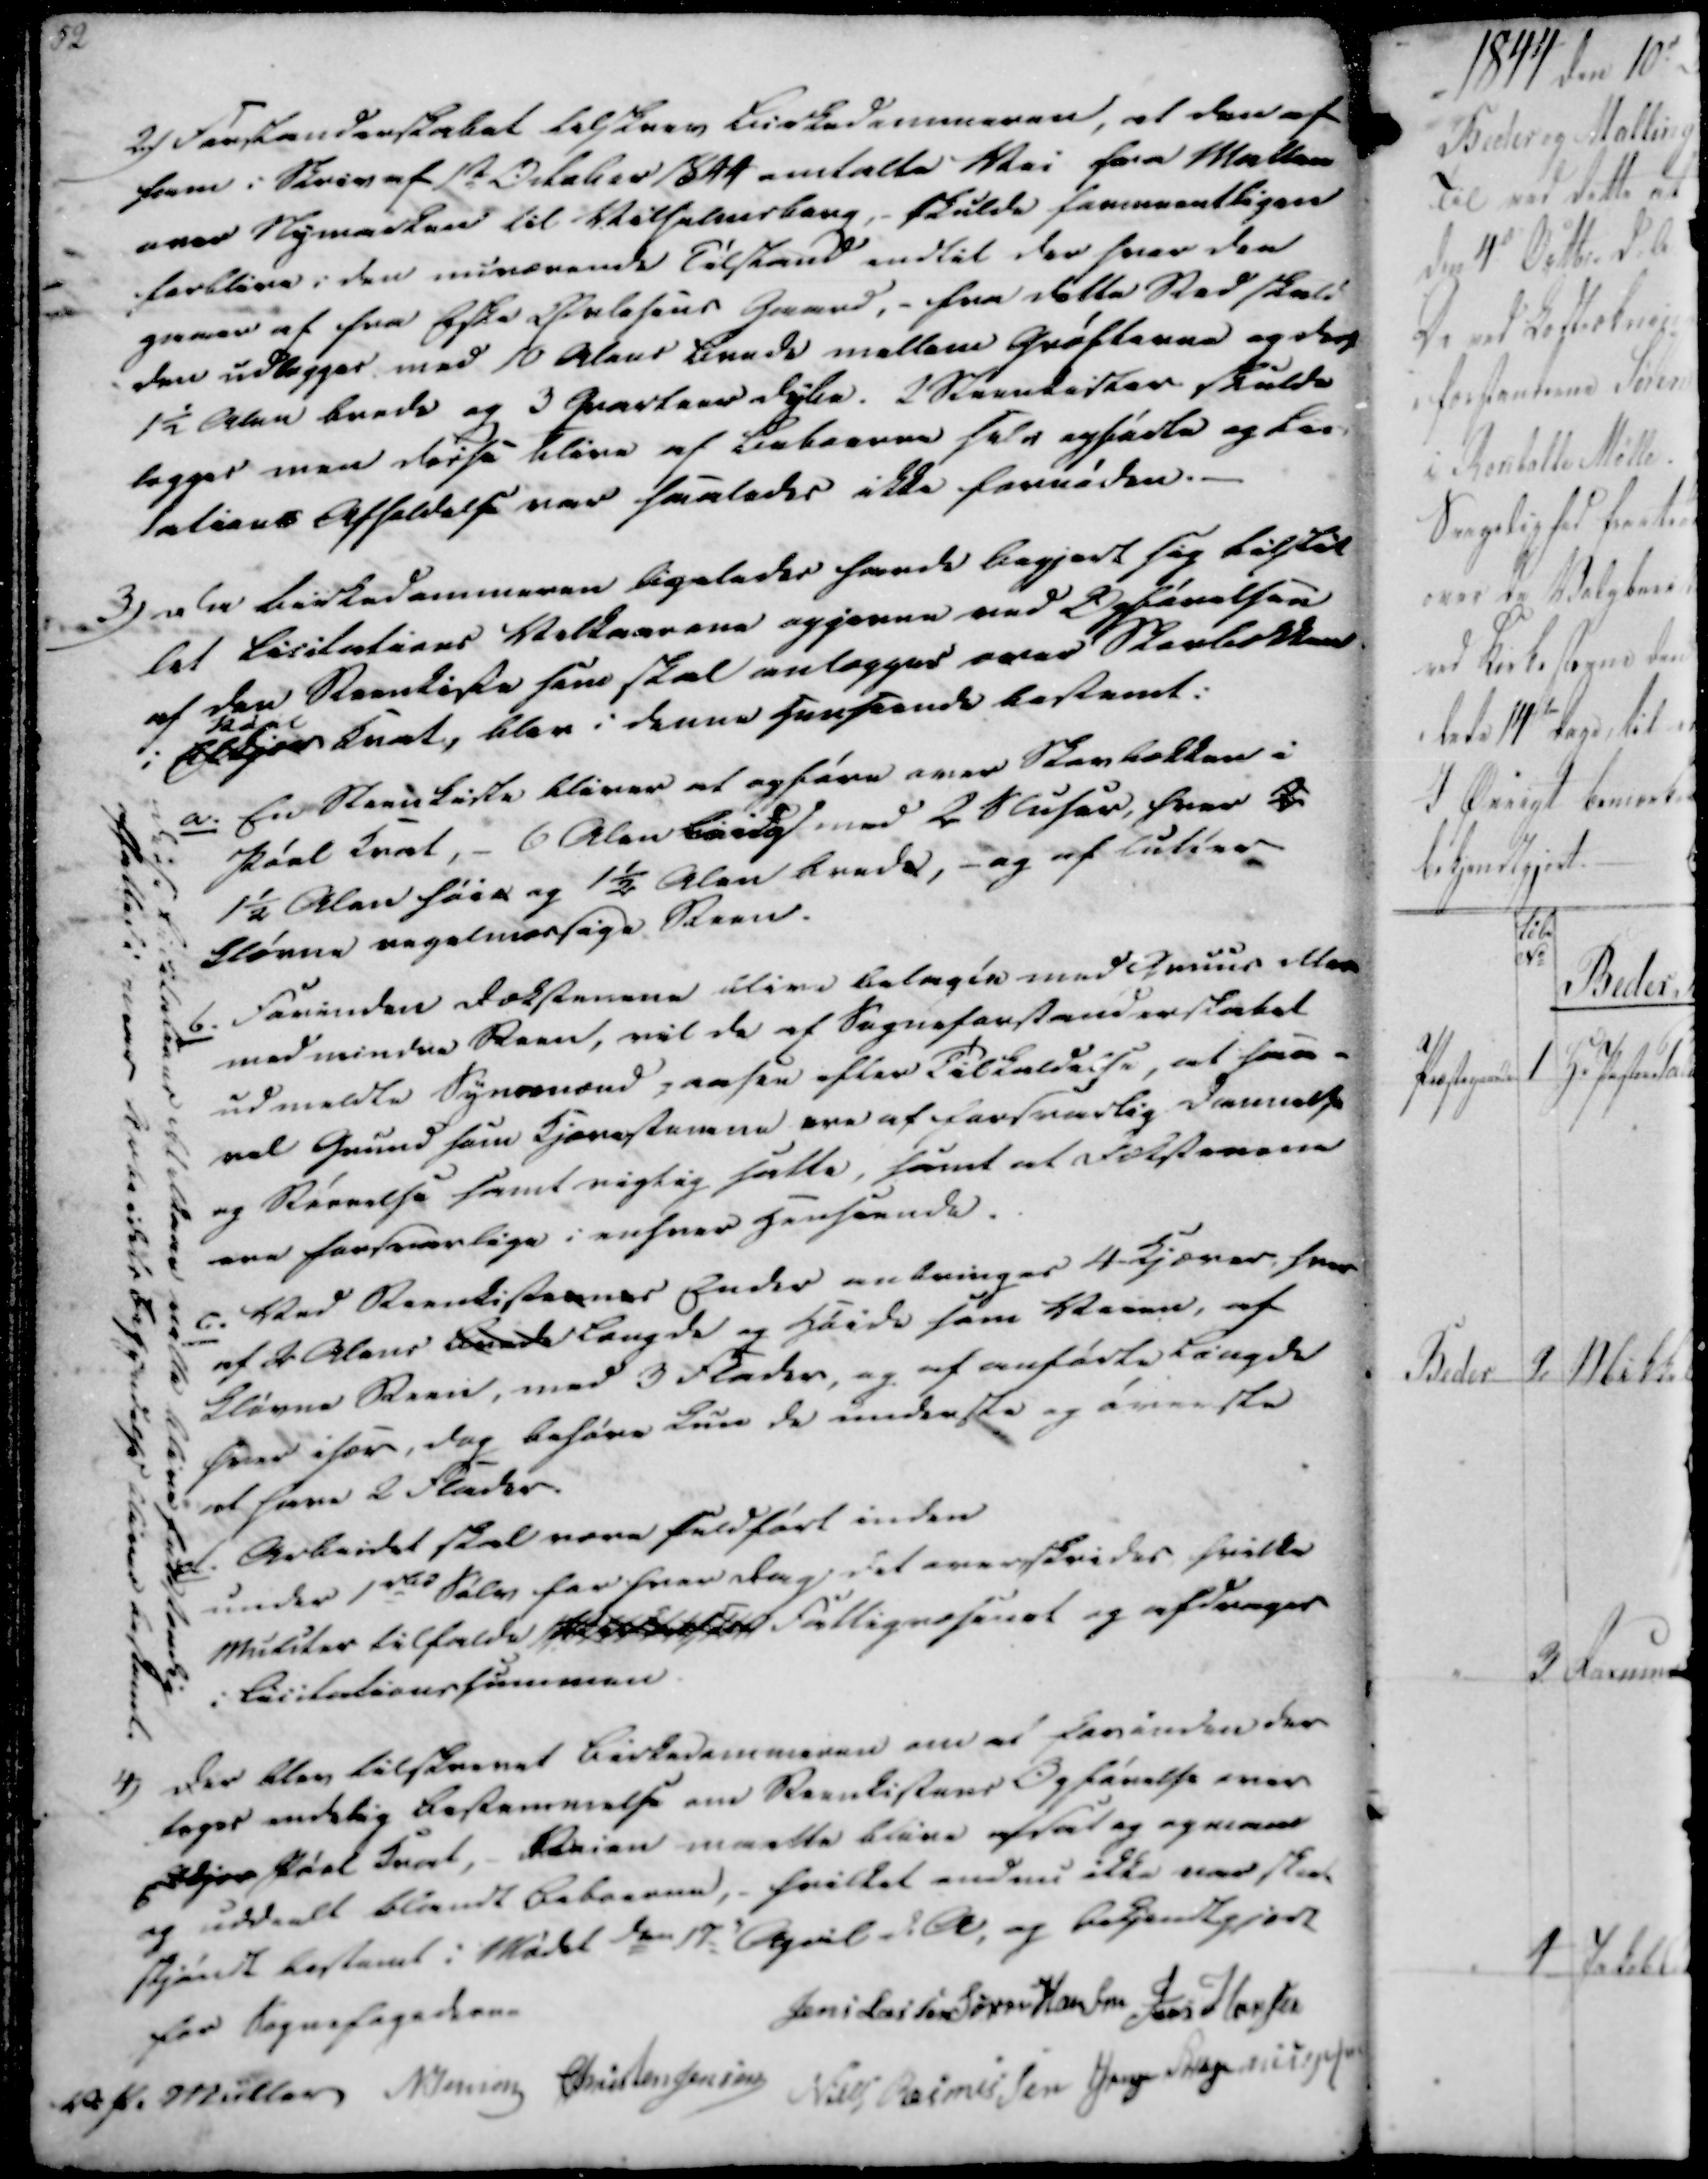
Transskription:
2.)
Forstanderskabet tilskrev Birkedommeren, at den af
ham i Skriv af 1st October 1844 omtalte Vei fra Mallen
over Nymarken til Vilhelmsborg, skulde formeentligen
forblive i den nuværende Tilstand indtil der hvor den
gaaer af fra Eske Orlasens Gaard,- fra dette Sted skald
den udlægges med 10 Alens bunde mellem Grøfterne og der
1½ Alen brede og 3 Qvateer dybe. 2 Steenkister skulde
lægges men disse blive af Beboerne selv opførte og Las-
lations Afholdelse var saaledes ikke fornøden.

3)
Da birkedommeren ligeledes havde begjort sig tilstil
let Licitations Velbaarene opjævne ved Opførelsen
af den Steenkiste som skal anlægges over Skerlekken
i Elkjær
ndal
kuet, blev i denne henseende bestemt.

Disse ladslataaer kleldene
ville blive fuldstændig
affatted i naar Krkeeidets Begyndelse bliver bestemt.

a.
En Steenkiste bliver at opføre over Skovbakken i
Pøel krat, - 6 Alen brugt med 2 Sluser, hvor 2
1½ Alen høie og 1½ Alen brede, - og af lutter
fløme regelmæssige Steen.

b.
Forinden Dækstenene blive belagte med Gruus eller
med mindre Steen, vil de af Sogneforstanderskabet
udmeldte Synsmænd paasee efter Tilkaldelse, at saa-
vel Grund som Hjørnestenene ere af forsvarlig Dannelse
og Størelse samt rigtig satte, samt at Forstenene
ere forsvarlige i enhver Henseende.

c. Ved Steenkisternes Ender anbringes 4-Kjærer, hvor
af 2 Alens baade længde og Høide som Veien, af
blivne Steen, med 3 Flader, og af anførte Længde
hver især, dog behøve kun de underste og øverste
at have 2 Flader.

d.
Arbeidet skal være fuldført inden
under 1Rd Sølv for hver Dag det overskrider hvilke
mutiter tilfalde  Fattigvæsenet og afdrages
i Licitationssummen.

4)

Der blev tilskrevet Birkedommeren om at forinden der
tages endelig Bestemmelse om Steenkistens Opførelse over
Edjer Pøel Huat, - Veien maatte blive afsat og egnens
og uddeelt blandt Beboerne,- hvilket endnu ikke var sket
skjøndt bestemt i Mødet den 17.d April d.A., og bekjendtgjort
for Sognefogederne

Jens Lassen
Søren Hansen
Jens Hansen
V. P. Müller
N Jensen
Christen Jensen
Niels Rasmussen
Jens Rasmussen